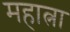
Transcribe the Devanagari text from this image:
महात्ना